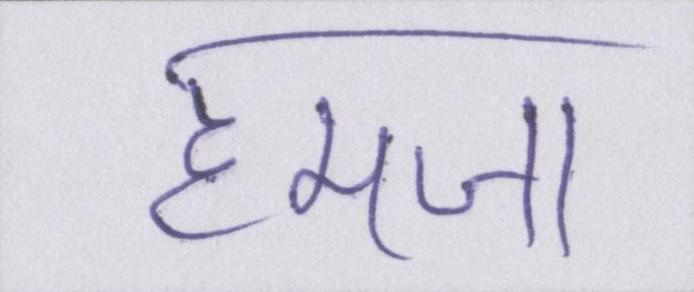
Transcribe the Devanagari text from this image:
हमजा